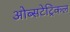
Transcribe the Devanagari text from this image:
ओब्सटेट्रिकल